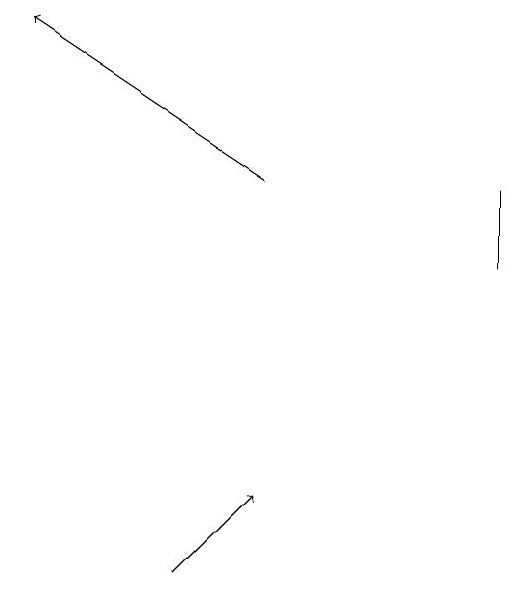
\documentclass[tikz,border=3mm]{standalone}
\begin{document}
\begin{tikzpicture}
\draw[->] (5,12) -- (6,13);
\draw (9,17) rectangle (9,16);
\draw[->] (6,17) -- (3,19);
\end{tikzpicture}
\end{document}